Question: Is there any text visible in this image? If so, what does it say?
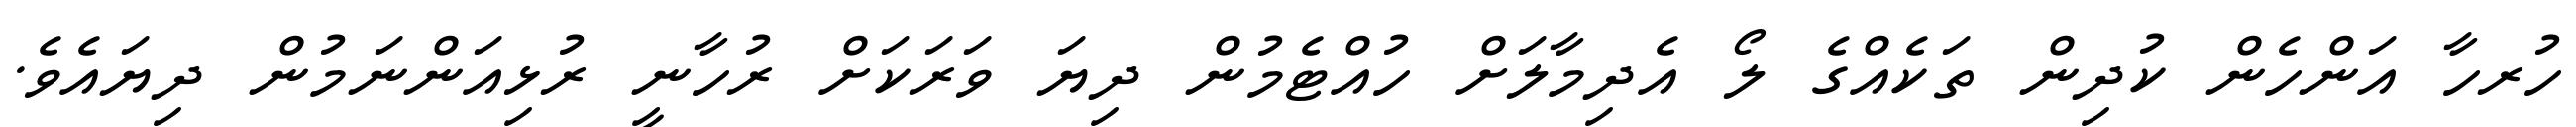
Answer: ހުރހާ އަންހެން ކުދިން ތަކެއްގެ ލޯ އެދިމާލަށް ހުއްޓެމުން ދިޔަ ވަރަކަށް ރުހާނީ ރުޅިއަންނަމުން ދިޔައެވެ.